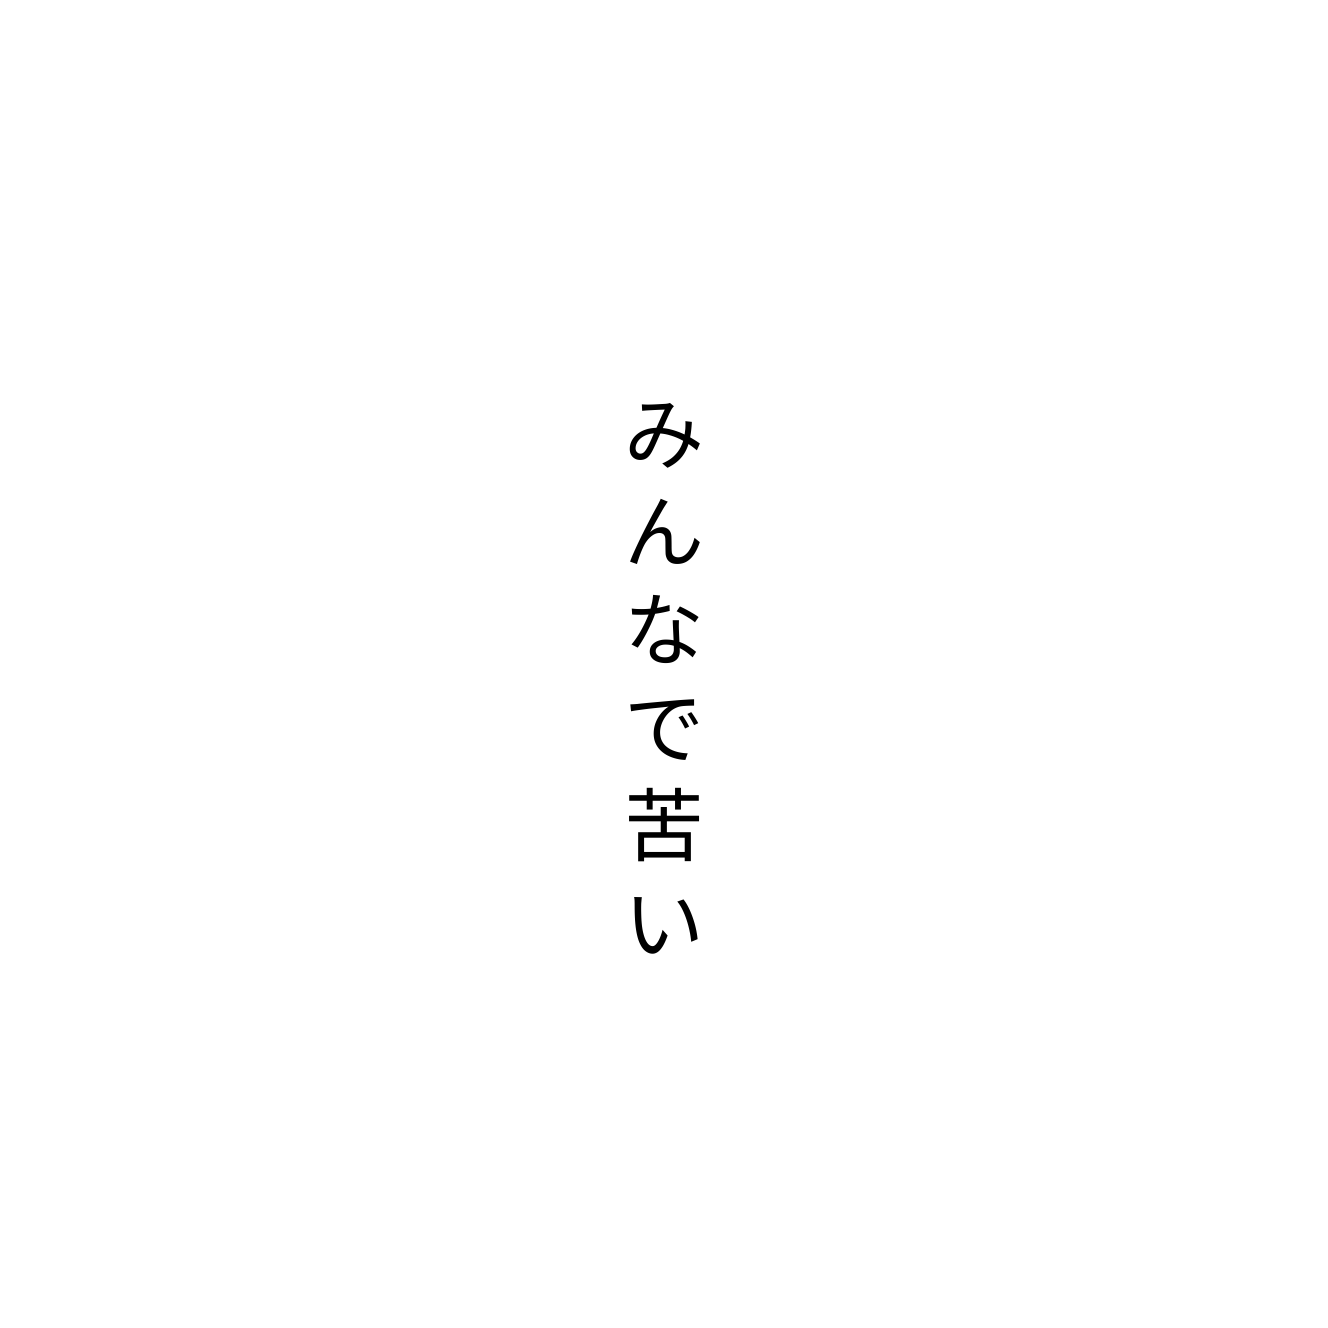
みんなで苦い